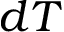
d T